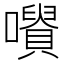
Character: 𡃪